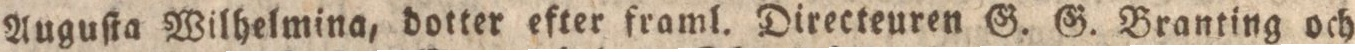
Auguſta Wilhelmina, dotter efter framl. Directeuren G. G. Branting och